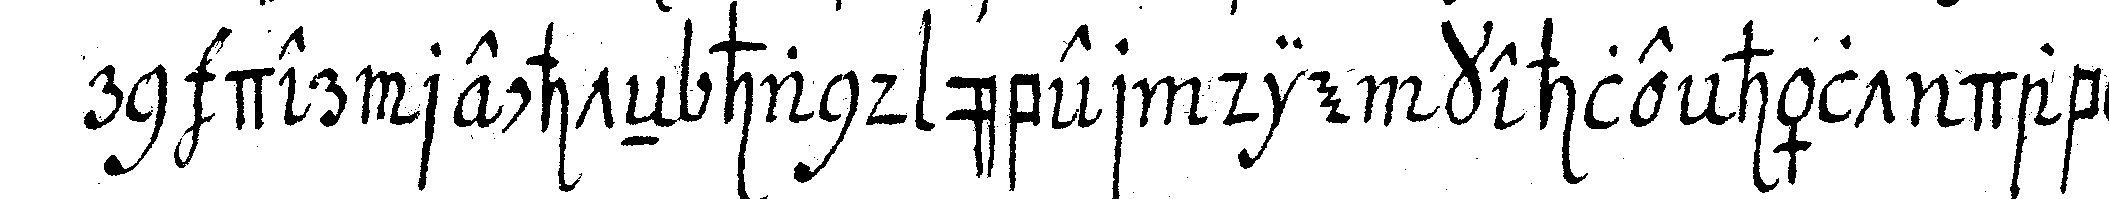
rn der rechteN hand über die kehle hält dabey